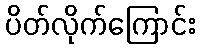
ပိတ်လိုက်ကြောင်း